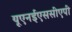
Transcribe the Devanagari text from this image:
यूएनईएससीएपी